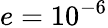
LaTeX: e=10^{-6}